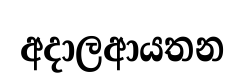
අදාලආයතන